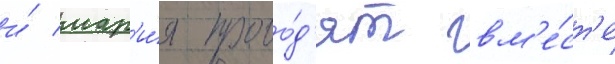
и́ мар'и́я прово́д'ят вм'е́ст'е